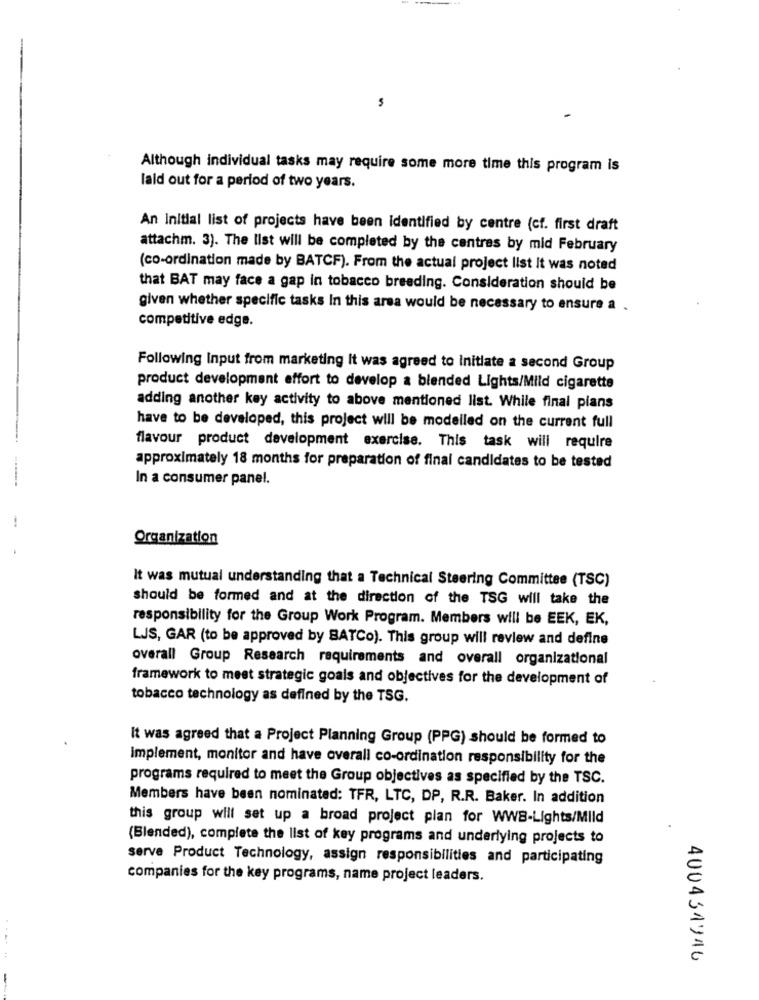
Although individual tasks may require some more time this program is
laid out for a period of two years.
An Initial list of projects have been identified by centre (cf. first draft
attachm. 3). The list will be completed by the centres by mid February
(co-ordination made by BATCF). From the actual project list It was noted
that BAT may face a gap in tobacco breeding. Consideration should be
given whether specific tasks In this area would be necessary to ensure a .
competitive edge.
Following Input from marketing it was agreed to initiate a second Group
product development effort to develop a blended Lights/Mild cigarette
adding another key activity to above mentioned list. While final plans
have to be developed, this project will be modelled on the current full
flavour product development exercise. This task will require
approximately 18 months for preparation of final candidates to be tested
In a consumer panel.
--.
Organization
It was mutual understanding that a Technical Steering Committee (TSC)
should be formed and at the direction of the TSG will take the
responsibility for the Group Work Program. Members will be EEK, EK,
LJS, GAR (to be approved by BATCo). This group will review and define
overall Group Research requirements and overall organizational
framework to meet strategic goals and objectives for the development of
tobacco technology as defined by the TSG.
It was agreed that a Project Planning Group (PPG) should be formed to
implement, monitor and have overall co-ordination responsibility for the
programs required to meet the Group objectives as specified by the TSC.
Members have been nominated: TFR, LTC, DP, R.R. Baker. In addition
this group will set up a broad project plan for WWB-Lights/Mild
(Blended), complete the list of key programs and underlying projects to
serve Product Technology, assign responsibilities and participating
companies for the key programs, name project leaders.
.--..
400431946
-